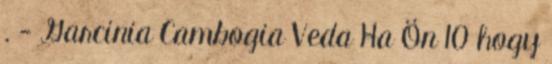
. - Garcinia Cambogia Veda Ha Ön 10 hogy